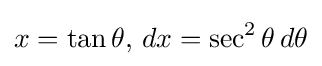
x=\tan \theta ,\,dx=\sec ^{2}\theta \,d\theta